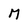
Character: n